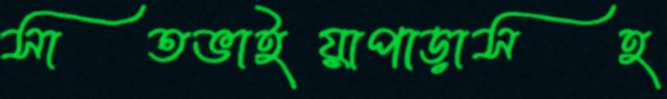
সাতভাইয়াপাড়াসহ